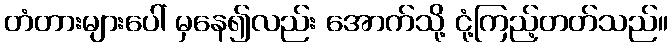
တံတားများပေါ် မှနေ၍လည်း အောက်သို့ ငုံ့ကြည့်တတ်သည်။